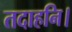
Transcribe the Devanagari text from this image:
तदाहनि।